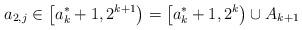
LaTeX: \begin{align*}a_{2,j} \in \left[ a_k^*+1,2^{k+1} \right) = \left[ a_k^*+1, 2^k \right) \cup A_{k+1}\end{align*}